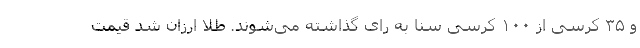
و ۳۵ کرسی از ۱۰۰ کرسی سنا به رای گذاشته می‌شوند. طلا ارزان شد قیمت